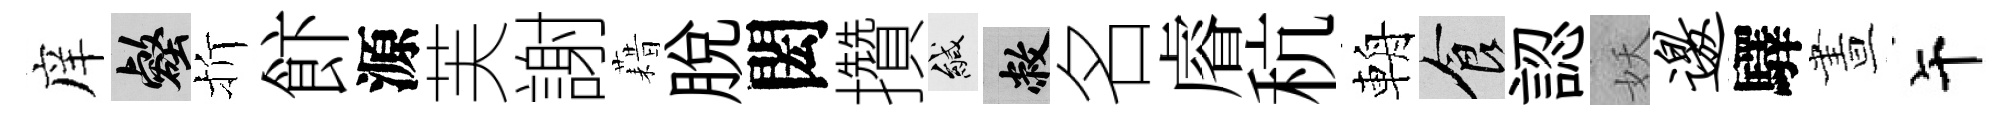
庠壑折飰源芙謝藉脱閎攢緘敝名𥈠秔輈食認妖邀驛晝午